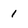
Character: 1